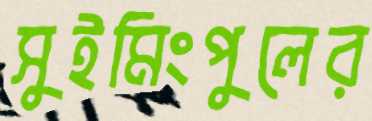
সুইমিংপুলের